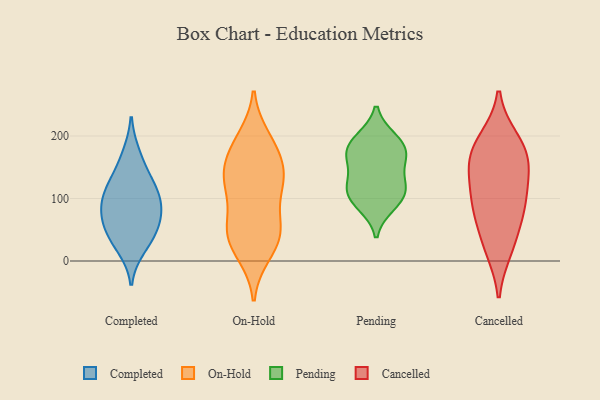
{"axis": {"x": "LTV (USD)", "y": "Value"}, "legend": ["Cancelled", "Completed", "On-Hold", "Pending"], "data": [{"x": "", "y": 102, "type": "Completed"}, {"x": "", "y": 21, "type": "Completed"}, {"x": "", "y": 64, "type": "Completed"}, {"x": "", "y": 38, "type": "Completed"}, {"x": "", "y": 119, "type": "Completed"}, {"x": "", "y": 138, "type": "Completed"}, {"x": "", "y": 106, "type": "Completed"}, {"x": "", "y": 47, "type": "Completed"}, {"x": "", "y": 82, "type": "Completed"}, {"x": "", "y": 171, "type": "Completed"}, {"x": "", "y": 76, "type": "Completed"}, {"x": "", "y": 193, "type": "On-Hold"}, {"x": "", "y": 11, "type": "On-Hold"}, {"x": "", "y": 167, "type": "On-Hold"}, {"x": "", "y": 118, "type": "On-Hold"}, {"x": "", "y": 133, "type": "On-Hold"}, {"x": "", "y": 172, "type": "On-Hold"}, {"x": "", "y": 44, "type": "On-Hold"}, {"x": "", "y": 146, "type": "On-Hold"}, {"x": "", "y": 139, "type": "On-Hold"}, {"x": "", "y": 16, "type": "On-Hold"}, {"x": "", "y": 197, "type": "On-Hold"}, {"x": "", "y": 52, "type": "On-Hold"}, {"x": "", "y": 59, "type": "On-Hold"}, {"x": "", "y": 112, "type": "On-Hold"}, {"x": "", "y": 48, "type": "On-Hold"}, {"x": "", "y": 118, "type": "On-Hold"}, {"x": "", "y": 46, "type": "On-Hold"}, {"x": "", "y": 112, "type": "Pending"}, {"x": "", "y": 90, "type": "Pending"}, {"x": "", "y": 195, "type": "Pending"}, {"x": "", "y": 192, "type": "Pending"}, {"x": "", "y": 166, "type": "Pending"}, {"x": "", "y": 124, "type": "Pending"}, {"x": "", "y": 98, "type": "Pending"}, {"x": "", "y": 168, "type": "Pending"}, {"x": "", "y": 122, "type": "Pending"}, {"x": "", "y": 170, "type": "Pending"}, {"x": "", "y": 72, "type": "Cancelled"}, {"x": "", "y": 162, "type": "Cancelled"}, {"x": "", "y": 160, "type": "Cancelled"}, {"x": "", "y": 160, "type": "Cancelled"}, {"x": "", "y": 194, "type": "Cancelled"}, {"x": "", "y": 191, "type": "Cancelled"}, {"x": "", "y": 26, "type": "Cancelled"}, {"x": "", "y": 110, "type": "Cancelled"}, {"x": "", "y": 82, "type": "Cancelled"}, {"x": "", "y": 19, "type": "Cancelled"}, {"x": "", "y": 130, "type": "Cancelled"}, {"x": "", "y": 89, "type": "Cancelled"}]}